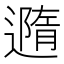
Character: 䢫